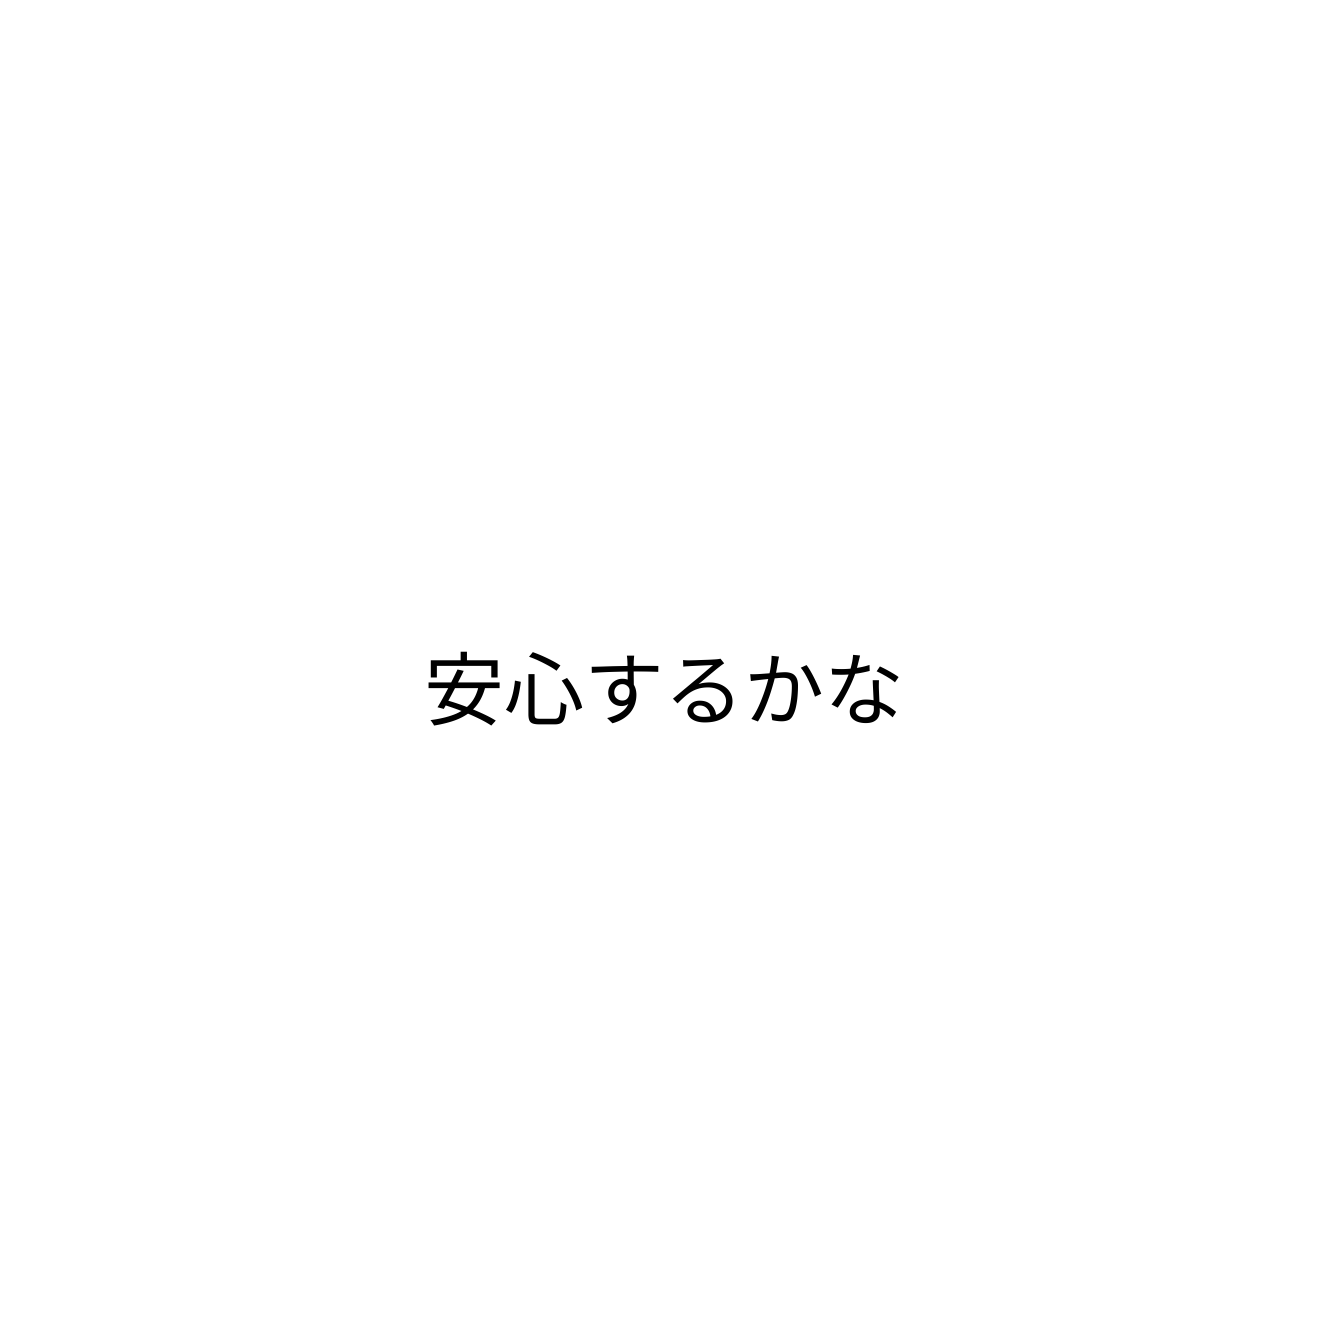
安心するかな